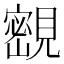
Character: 𡫨